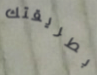
بطريقتك